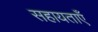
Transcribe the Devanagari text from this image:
सहायताएँ